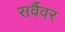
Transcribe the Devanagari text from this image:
सर्वैवर